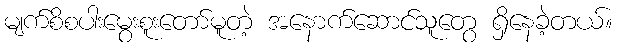
မျက်စိစပါးမွေးစူးတော်မူတဲ့ အနောက်ဆောင်သူတွေ ရှိနေခဲ့တယ်။